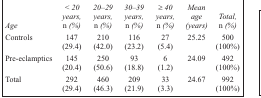
| Age | < 20 years, n (%) | 20–29 years, n (%) | 30–39 years, n (%) | ≥ 40 years, n (%) | Mean age (years) | Total, n (%) |
 | --- | --- | --- | --- | --- | --- | --- |
 | Controls | 147 (29.4) | 210 (42.0) | 116 (23.2) | 27 (5.4) | 25.25 | 500 (100%) |
 | Pre-eclamptics | 145 (20.4) | 250 (50.6) | 93 (18.8) | 6 (1.2) | 24.09 | 492 (100%) |
 | Total | 292 (29.4) | 460 (46.3) | 209 (21.9) | 33 (3.3) | 24.67 | 992 (100%) |